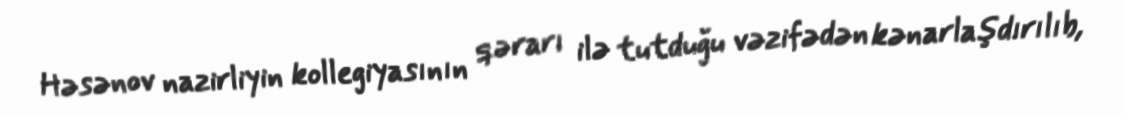
Həsənov nazirliyin kollegiyasının qərarı ilə tutduğu vəzifədən kənarlaşdırılıb,